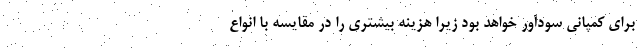
برای کمپانی سودآور خواهد بود زیرا هزینه بیشتری را در مقایسه با انواع